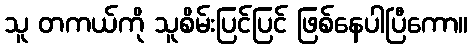
သူ တကယ်ကို သူစိမ်းပြင်ပြင် ဖြစ်နေပါပြီကော။